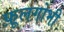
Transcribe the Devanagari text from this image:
फ़ूलगोभी